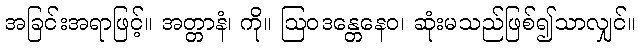
အခြင်းအရာဖြင့်။ အတ္တာနံ၊ ကို။ ဩဝဒန္တေနေဝ၊ ဆုံးမသည်ဖြစ်၍သာလျှင်။